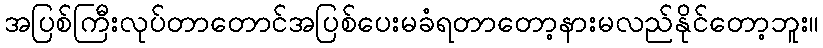
အပြစ်ကြီးလုပ်တာတောင်အပြစ်ပေးမခံရတာတော့နားမလည်နိုင်တော့ဘူး။